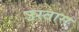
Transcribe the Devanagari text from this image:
उस्तास